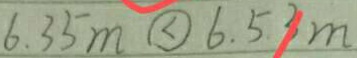
6 . 3 5 m \textcircled { < } 6 . 5 3 m